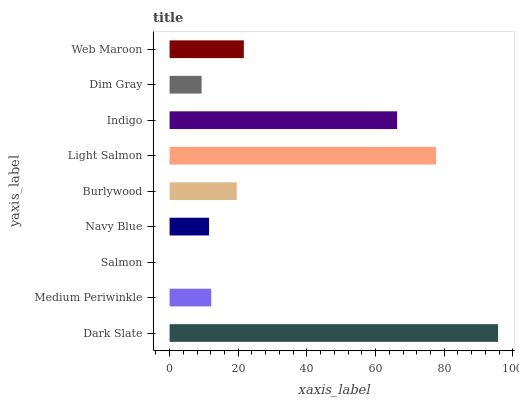
| yaxis_label | bars |
 | --- | --- |
 | Dark Slate | 95.7 |
 | Medium Periwinkle | 12.1 |
 | Salmon | 0.000962 |
 | Navy Blue | 11.5 |
 | Burlywood | 19.6 |
 | Light Salmon | 77.6 |
 | Indigo | 66.3 |
 | Dim Gray | 9.32 |
 | Web Maroon | 21.6 |